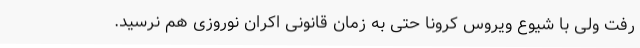
رفت ولی با شیوع ویروس کرونا حتی به زمان قانونی اکران نوروزی هم نرسید.